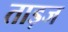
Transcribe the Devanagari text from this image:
ताड़ज